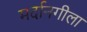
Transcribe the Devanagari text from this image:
मर्दानगीला